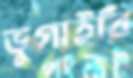
ভুগাইবি